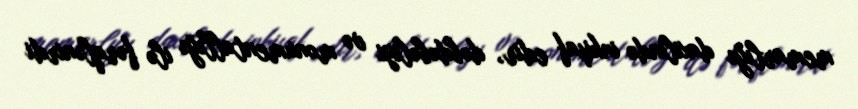
memarlığı daxilində inkişaf edir, dəbdəbəliyi və monumentallığı ilə fərqlənirdi